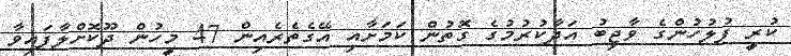
ކުރީ ފުލުހުންގެ ވާޖިބު އަދާކުރުމުގެ ގޮތުން ކަމަށާއި އޭގެތެރެއިން 47 މީހުން ދޫކޮށްލާފައިވާ